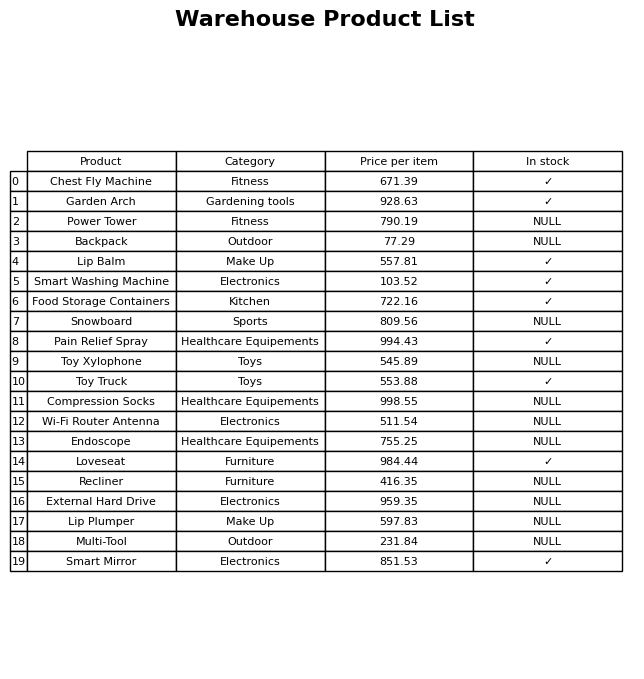
question: What is the price for Compression Socks?
answer: The price of Compression Socks is 998.55.